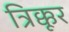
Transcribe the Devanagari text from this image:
त्रिक्कूर